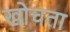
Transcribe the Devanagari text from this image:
खोचता